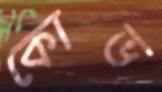
কোভ